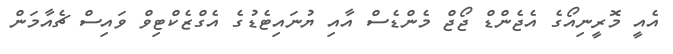
އެއީ މޮރީނިއޯގެ އެޖެންޑް ޖޯޖް މެންޑެސް އާއި ޔުނައިޓެޑުގެ އެގްޒެކްޓިވް ވައިސް ޗެއާމަން